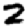
Digit: 2